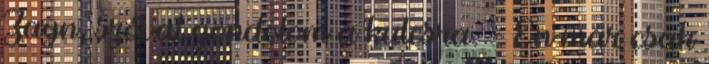
Zayn, szóval gondolom a kulcsra. - Én már csak